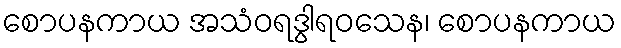
စောပနကာယ အသံဝရဒွါရဝသေန၊ စောပနကာယ